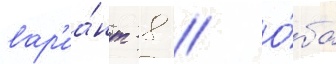
вар'иа́нт -8 // О́ба